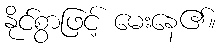
နိုင်စွာဖြင့် မေးနေ၏။